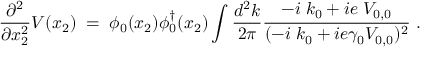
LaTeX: \frac { \partial ^ { 2 } } { \partial x _ { 2 } ^ { 2 } } V ( x _ { 2 } ) \; = \; \phi _ { 0 } ( x _ { 2 } ) \phi _ { 0 } ^ { \dagger } ( x _ { 2 } ) \int \frac { d ^ { 2 } k } { 2 \pi } \frac { - i \; k _ { 0 } + i e \; V _ { 0 , 0 } } { ( - i \; k _ { 0 } + i e \gamma _ { 0 } V _ { 0 , 0 } ) ^ { 2 } } \; .